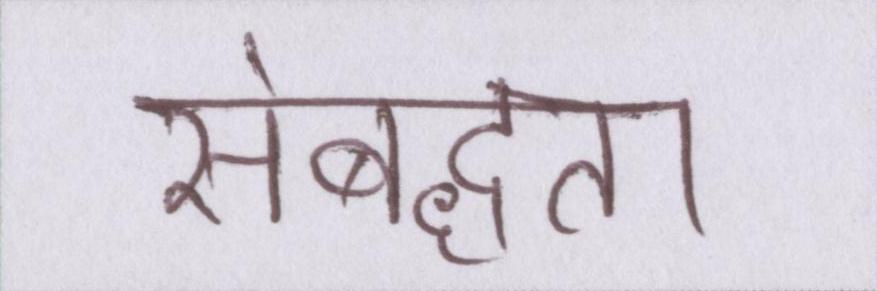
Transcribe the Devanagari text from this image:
संबद्धता